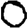
Digit: 0